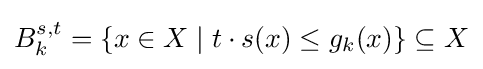
B_{k}^{s,t}=\{x\in X\mid t\cdot s(x)\leq g_{k}(x)\}\subseteq X